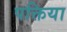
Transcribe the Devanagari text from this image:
पक्तिया